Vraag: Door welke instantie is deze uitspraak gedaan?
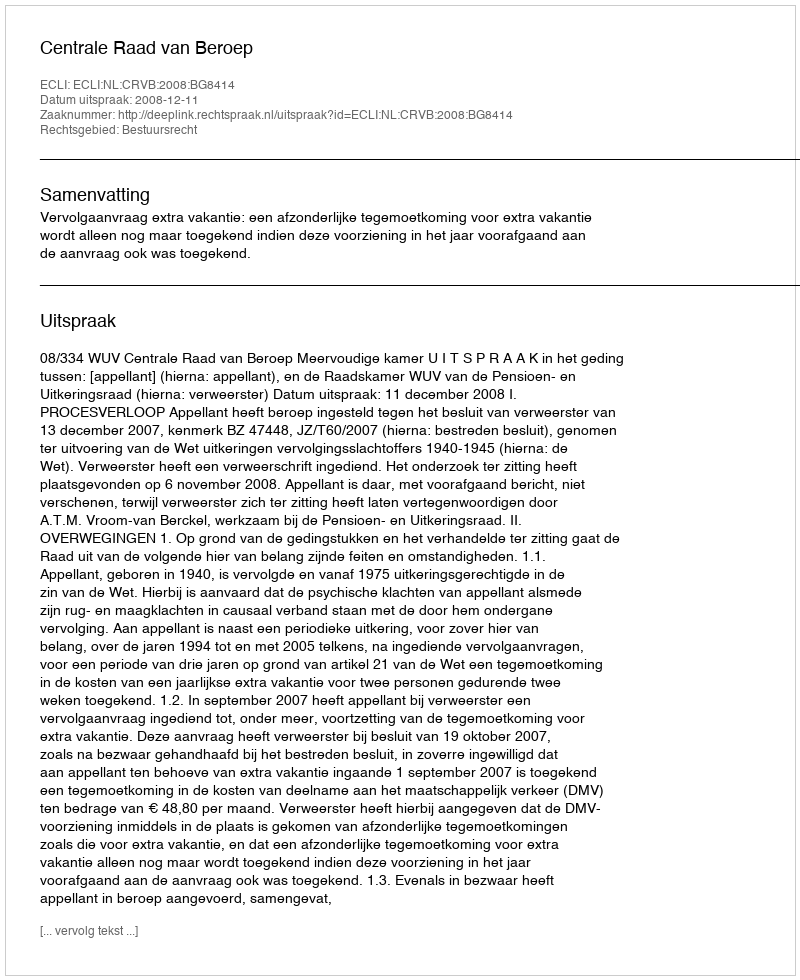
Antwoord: Centrale Raad van Beroep